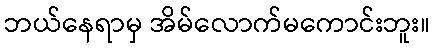
ဘယ်နေရာမှ အိမ်လောက်မကောင်းဘူး။